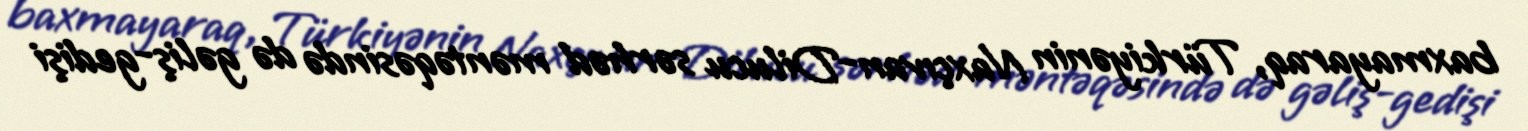
baxmayaraq, Türkiyənin Naxçıvan-Dilucu sərhəd məntəqəsində də gəliş-gedişi